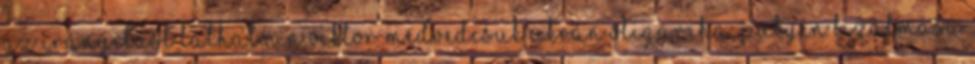
az irányítást láthatóan Viktor Medvedcsuk ukrán oligarcha, Putyin bizalmasa